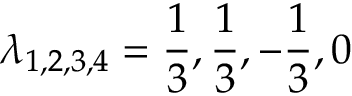
\lambda _ { 1 , 2 , 3 , 4 } = \frac { 1 } { 3 } , \frac { 1 } { 3 } , - \frac { 1 } { 3 } , 0